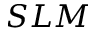
S L M